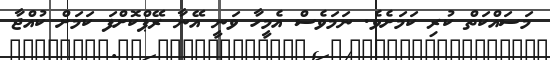
މަސައްކަތް ކުރި ކަމަށެވެ. ނަމަވެސް އެމީހާ ވަނީ އޭނާ ރޭޕްކޮށްފަ ކަމަށް ކުއްޖާ